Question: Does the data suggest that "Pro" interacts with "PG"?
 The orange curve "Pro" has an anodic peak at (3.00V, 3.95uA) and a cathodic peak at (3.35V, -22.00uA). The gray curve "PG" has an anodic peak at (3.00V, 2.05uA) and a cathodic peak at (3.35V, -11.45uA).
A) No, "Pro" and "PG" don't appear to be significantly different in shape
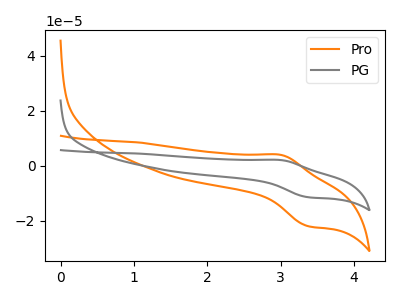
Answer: <think>All the peaks in "Pro" have a peak in "PG" at the same potential. Every peak in "Pro" is higher than every peak in "PG".
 </think>
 <answer>A) No, "Pro" and "PG" don't appear to be significantly different in shape</answer>
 <eval>A</eval>